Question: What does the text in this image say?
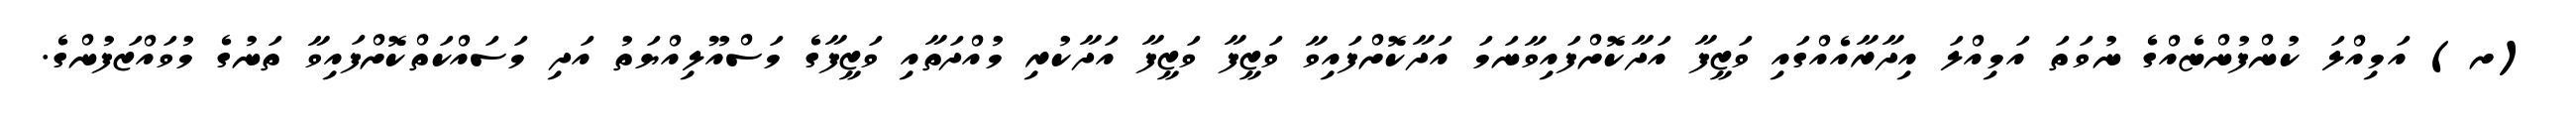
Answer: (ށ) އަމިއްލަ ކުންފުންޏެއްގެ ނުވަތަ އަމިއްލަ އިދާރާއެއްގައި ވަޒީފާ އަދާކޮށްފައިވާނަމަ އަދާކޮށްފައިވާ ވަޒީފާ ވަޒީފާ އަދާކުރި މުއްދަތާއި ވަޒީފާގެ މަސްއޫލިއްޔަތު އަދި މަސައްކަތްކޮށްފައިވާ ތަނުގެ މުވައްޒަފުންގެ.